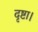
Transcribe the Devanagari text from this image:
दृष्टा।